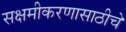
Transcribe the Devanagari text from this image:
सक्षमीकरणासाठीचे